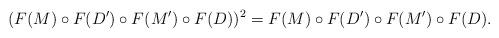
LaTeX: \begin{align*} (F(M) \circ F(D')\circ F(M')\circ F(D))^2 &= F(M) \circ F(D')\circ F(M')\circ F(D). \end{align*}